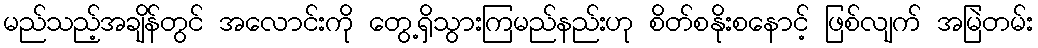
မည်သည့်အချိန်တွင် အလောင်းကို တွေ့ရှိသွားကြမည်နည်းဟု စိတ်စနိုးစနောင့် ဖြစ်လျက် အမြဲတမ်း